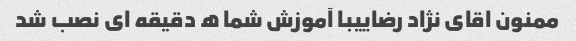
ممنون اقای نژاد رضاییبا آموزش شما ه دقیقه ای نصب شد